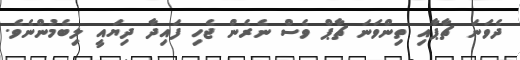
ދެވަނަ ޗާޕާއި ތިންވަނަ ޗާޕް ވެސް ނެރެން ޖެހި ފައިދާ ދިޔައީ ލިބެމުންނެވެ.